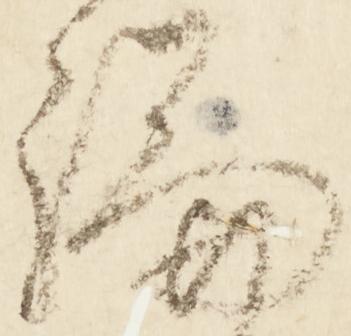
論